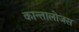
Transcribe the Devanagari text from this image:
कान्तालोजस